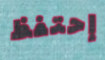
إحتفظ